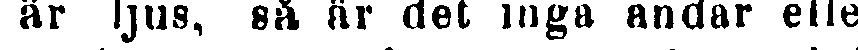
är ljus, så är det inga andar elle